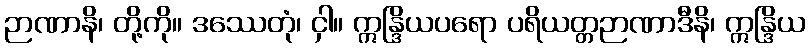
ဉာဏာနိ၊ တို့ကို။ ဒဿေတုံ၊ ငှါ။ ဣန္ဒြိယပရော ပရိယတ္တဉာဏာဒီနိ၊ ဣန္ဒြိယ